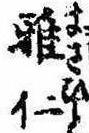
雅仁